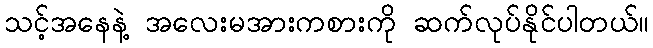
သင့်အနေနဲ့ အလေးမအားကစားကို ဆက်လုပ်နိုင်ပါတယ်။